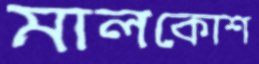
মালকোশ